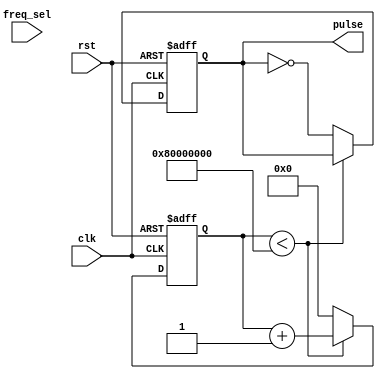
module Variable_Frequency_Pulse_Generator (
  input wire clk,
  input wire rst,
  input wire freq_sel,
  output reg pulse
);

reg [31:0] counter = 0;
reg [31:0] period = 32'h80000000; // default period for 1 Hz frequency

always @(posedge clk or posedge rst) begin
  if (rst) begin
    counter <= 0;
    pulse <= 0;
  end else begin
    if (counter < period) begin
      counter <= counter + 1;
    end else begin
      counter <= 0;
      pulse <= ~pulse;
    end

    if (freq_sel) begin
      // set period based on frequency selection logic
      // for example, you can add a case statement to set different periods for different frequencies
    end
  end
end

endmodule